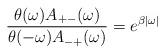
LaTeX: \begin{align*}\frac{\theta(\omega)A_{+-}(\omega)}{\theta(-\omega)A_{-+}(\omega)} =e^{\beta|\omega|}\end{align*}